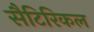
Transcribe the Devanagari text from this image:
सैटिरिकल